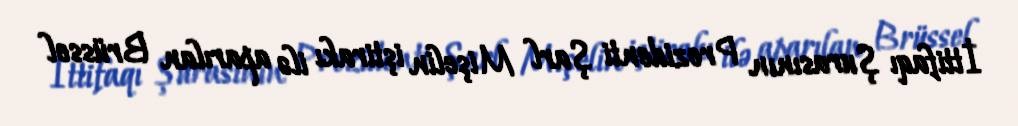
İttifaqı Şurasının Prezidenti Şarl Mişelin iştirakı ilə aparılan Brüssel